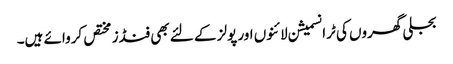
بجلی گھروں کی ٹرانسمیشن لائنوں اور پولز کے لئے بھی فنڈز مختص کروائے ہیں۔